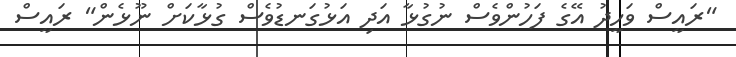
"ރައީސް ވަހީދު އޭގެ ފަހުންވެސް ނުގުޅާ އަދި އަޅުގަނޑުވެސް ގުޅާކަށް ނޫޅެން" ރައީސް